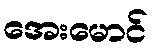
အေးမောင်